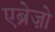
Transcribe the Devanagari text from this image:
एब्रेज़ो